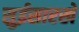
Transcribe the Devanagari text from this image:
सुईसारखे